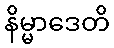
နိမ္မာဒေတိ